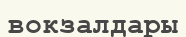
вокзалдары